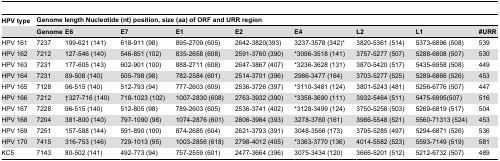
<table><thead><tr><td><b>HPV type</b></td><td colspan="9"><b>Genome length Nucleotide (nt) position, size (aa) of ORF and URR region</b></td></tr><tr><td></td><td><b>Genome </b></td><td><b>E6</b></td><td><b>E7</b></td><td><b>E1</b></td><td><b>E2</b></td><td><b>E4</b></td><td><b>L2</b></td><td><b>L1</b></td><td><b>#URR</b></td></tr></thead><tbody><tr><td>HPV 161</td><td>7237</td><td>199-621 (141)</td><td>618-911 (98)</td><td>895-2709 (605)</td><td>2642-3820(393)</td><td>3237-3578 (342)*</td><td>3820-5361 (514)</td><td>5373-6896 (508)</td><td>539</td></tr><tr><td>HPV 162</td><td>7212</td><td>127-546 (140)</td><td>546-851 (102)</td><td>835-2658 (608)</td><td>2591-3760 (390)</td><td>*3096-3518 (141)</td><td>3757-5277 (507)</td><td>5288-6808 (507)</td><td>530</td></tr><tr><td>HPV 163</td><td>7231</td><td>177-605 (143)</td><td>602-901 (100)</td><td>888-2711 (608)</td><td>2647-3867 (407)</td><td>*3236-3628 (131)</td><td>3870-5420 (517)</td><td>5435-6958 (508)</td><td>449</td></tr><tr><td>HPV 164</td><td>7231</td><td>89-508 (140)</td><td>505-798 (98)</td><td>782-2584 (601)</td><td>2514-3701 (396)</td><td>2986-3477 (164)</td><td>3703-5277 (525)</td><td>5289-6866 (526)</td><td>453</td></tr><tr><td>HPV 165</td><td>7128</td><td>96-515 (140)</td><td>512-793 (94)</td><td>777-2603 (609)</td><td>2536-3726 (397)</td><td>*3110-3481 (124)</td><td>3801-5243 (481)</td><td>5256-6776 (507)</td><td>447</td></tr><tr><td>HPV 166</td><td>7212</td><td>†327-716 (140)</td><td>718-1023 (102)</td><td>1007-2830 (608)</td><td>2763-3932 (390)</td><td>*3358-3690 (111)</td><td>3932-5464 (511)</td><td>5475-6995(507)</td><td>516</td></tr><tr><td>HPV 167</td><td>7228</td><td>96-515 (140)</td><td>512-805 (98)</td><td>789-2603 (605)</td><td>2536-3741 (402)</td><td>*3128-3499 (124)</td><td>3750-5258 (503)</td><td>5269-6819 (517)</td><td>504</td></tr><tr><td>HPV 168</td><td>7204</td><td>381-800 (140)</td><td>797-1090 (98)</td><td>1074-2876 (601)</td><td>2806-3984 (393)</td><td>3278-3760 (161)</td><td>3986-5548 (521)</td><td>5560-71313 (524)</td><td>453</td></tr><tr><td>HPV 169</td><td>7251</td><td>157-588 (144)</td><td>591-890 (100)</td><td>874-2685 (604)</td><td>2621-3793 (391)</td><td>3048-3566 (173)</td><td>3795-5285 (497)</td><td>5294-6871 (526)</td><td>536</td></tr><tr><td>HPV 170</td><td>7415</td><td>316-753 (146)</td><td>729-1013 (95)</td><td>1003-2856 (618)</td><td>2798-4012 (405)</td><td>*3363-3770 (136)</td><td>4014-5582 (523)</td><td>5593-7149 (519)</td><td>581</td></tr><tr><td>KC5</td><td>7143</td><td>80-502 (141)</td><td>492-773 (94)</td><td>757-2559 (601)</td><td>2477-3664 (396)</td><td>3075-3434 (120)</td><td>3666-5201 (512)</td><td>5212-6732 (507)</td><td>489</td></tr></tbody></table>